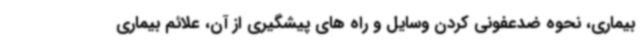
بیماری، نحوه ضدعفونی کردن وسایل و راه های پیشگیری از آن، علائم بیماری